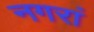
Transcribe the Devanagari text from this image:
नगरां